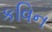
કવિન